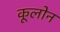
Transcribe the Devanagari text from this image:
कूलोन